Leningradi_Edasi_toimetus, lk 5
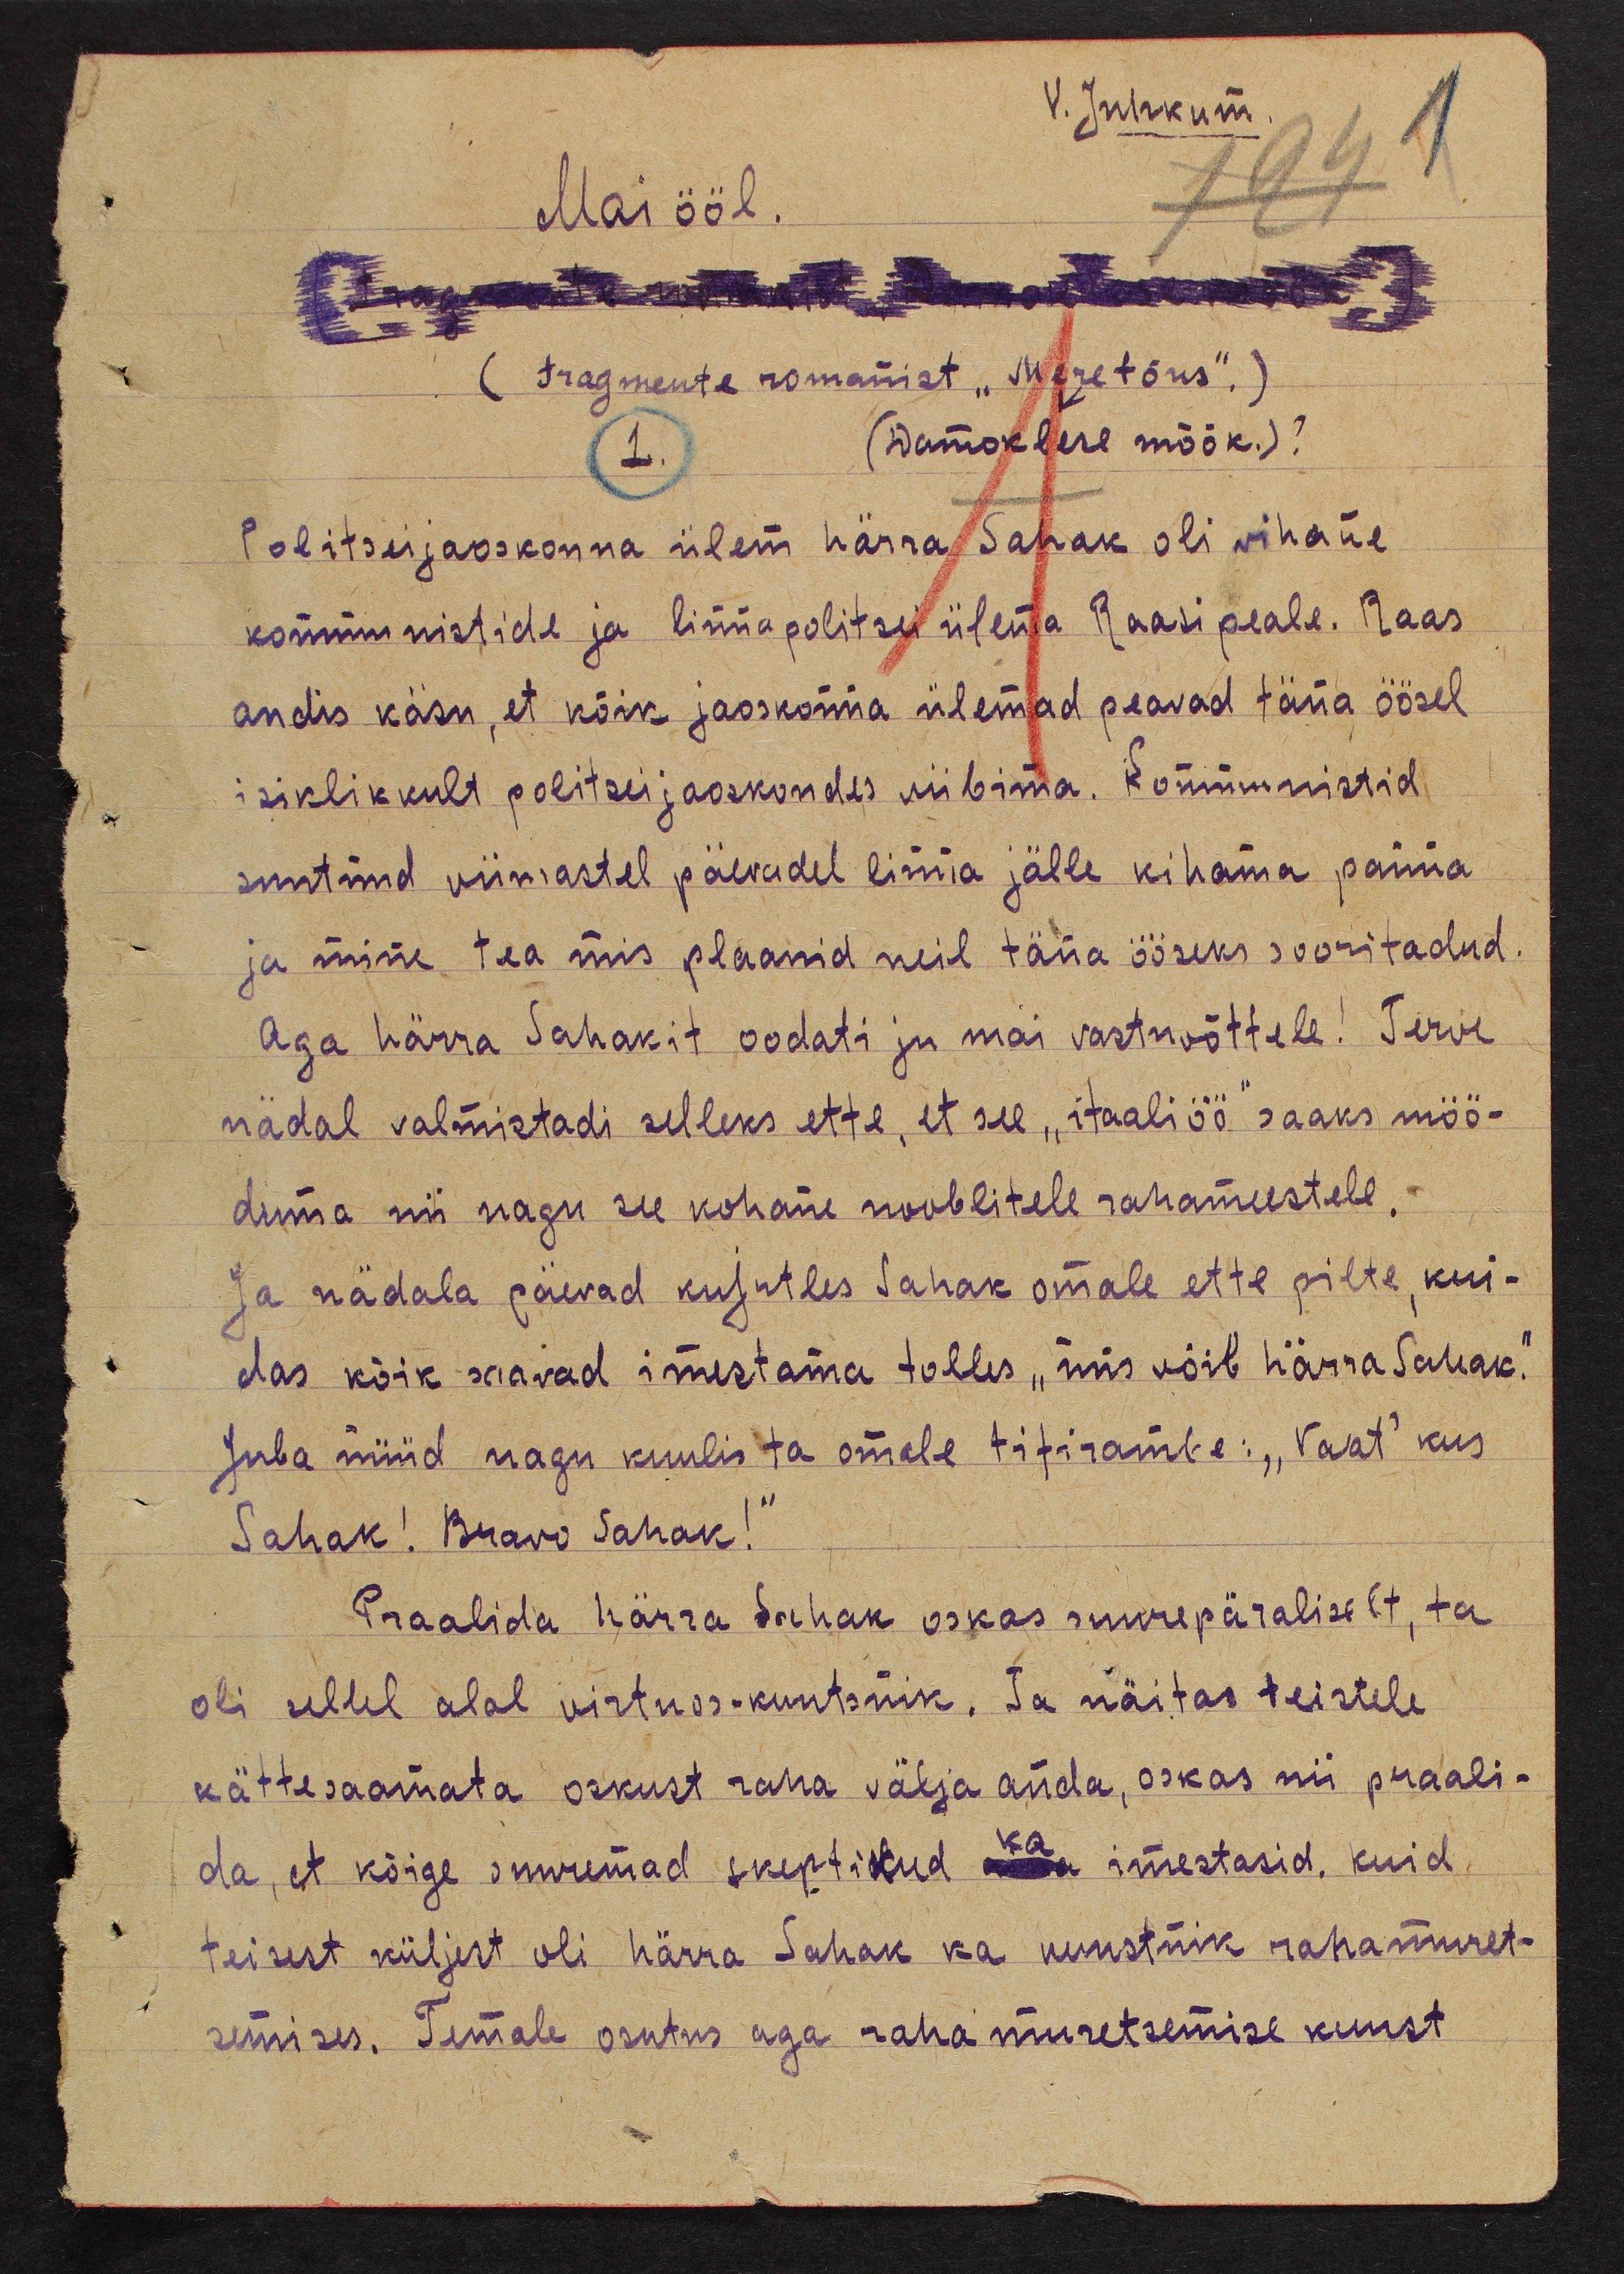
V. Juhkum.
1
Mai ööl.
1
(fragmente romanist "Mere tõus".)
1.
(Damoklese mõõk.)?
Politseijaoskonna ülem härra Sahak oli wihane
kommunistide ja linnapolitsei ülema Raasi peale. Raas
andis käsu, et kõik jaoskonna ülemad peavad täna öösel
isiklikkult politsei jaoskondes viibima. Kommunistid
suutnud viimastel päevadel linna jälle kihama panna.
ja mine tea mis plaanid neil täna ööseks sooritadud
Aga härra Sahakit oodati ju mai vastuvõttele! Terve
nädal valmistadi selleks ette, et see "itaaliöö" saaks möö-
duma nii nagu see kohane nooblitele rahameestele.
Ja nädala päevad kujutles Sahak omale ette pilte, kui-
das kõik saavad imestama tolles "mis võib härra Sahak."
Juba nüüd nagu kuulis ta omale tifirambe: "Vaat' kus
Sahak! Bravo Sahak!"
Praalida härra Sahak oskas suurepäraliselt, ta
oli sellel alal virtuos-kuntsnik. Ta näitas teistele
kättesaamata oskust raha välja anda, oskas nii praali-
da, et kõige suuremad skeptikud ka imestasid, kuid
teisest küljest oli härra Sahak ka kunstnik rahamuret-
semises. Temale osutus aga raha muretsemise kunst